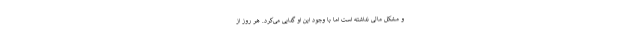
و مشکل مالی نداشته است اما با وجود این او گدایی می‌کرد. هر روز از